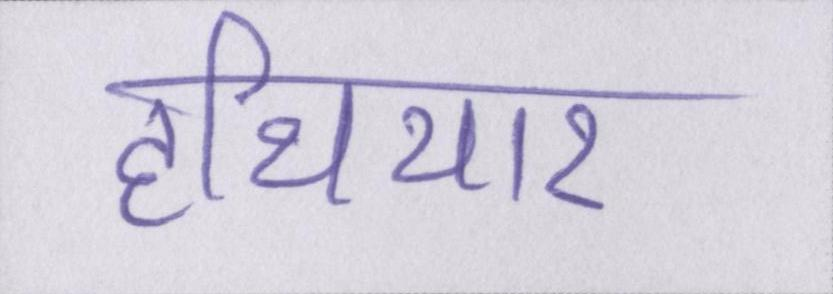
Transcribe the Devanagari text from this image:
हथियार